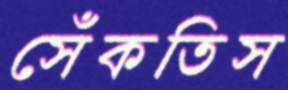
সেঁকতিস